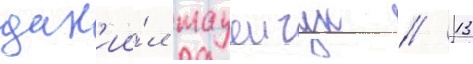
дан'ии́л мацеичук // 13